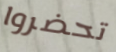
تحضروا